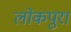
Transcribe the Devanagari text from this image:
लोकपुरा